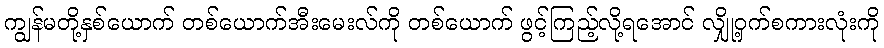
ကျွန်မတို့နှစ်ယောက် တစ်ယောက်အီးမေးလ်ကို တစ်ယောက် ဖွင့်ကြည့်လို့ရအောင် လျှို့ဝှက်စကားလုံးကို